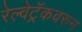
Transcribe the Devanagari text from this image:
रेल्वेट्रॅकवरुन